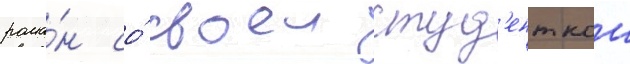
рома́н со́ своеи студ'енткои